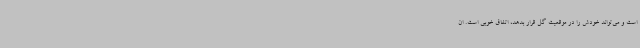
است و می‌تواند خودش را در موقعیت گل قرار بدهد، اتفاق خوبی است. ان